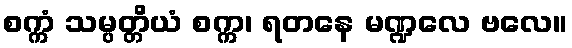
စက္ကံ သမ္ပတ္တိယံ စက္က၊ ရတနေ မဏ္ဍလေ ဗလေ။